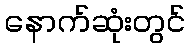
နောက်ဆုံးတွင်